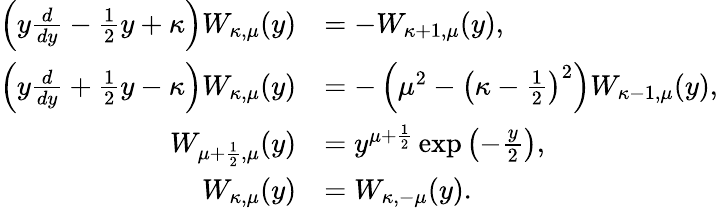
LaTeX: \begin{array}{rl}{\left(y\frac{d}{dy}-\frac{1}{2}y+\kappa\right)W_{\kappa,\mu}(y)}&{=-W_{\kappa+1,\mu}(y),}\\ {\left(y\frac{d}{dy}+\frac{1}{2}y-\kappa\right)W_{\kappa,\mu}(y)}&{=-\left(\mu^{2}-\left(\kappa-\frac{1}{2}\right)^{2}\right)W_{\kappa-1,\mu}(y),}\\ {W_{\mu+\frac{1}{2},\mu}(y)}&{=y^{\mu+\frac{1}{2}}\exp\left(-\frac{y}{2}\right),}\\ {W_{\kappa,\mu}(y)}&{=W_{\kappa,-\mu}(y).}\end{array}